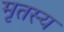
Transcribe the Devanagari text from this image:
मृतस्य